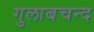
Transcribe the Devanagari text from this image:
गुलाबचन्द